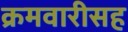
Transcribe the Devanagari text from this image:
क्रमवारीसह